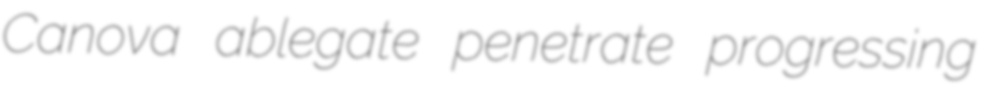
Canova ablegate penetrate progressing